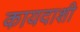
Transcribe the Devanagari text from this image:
कायदाशी